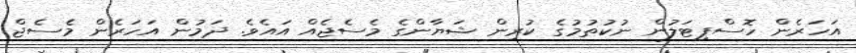
އަހަރެން ހޮސްޕިޓަލުން ނުކުތުމުގެ ކުރިން ޝަޔާންގެ މެސެޖެއް އައެވެ. ދަމުން އަހަރެން މެސެޖް